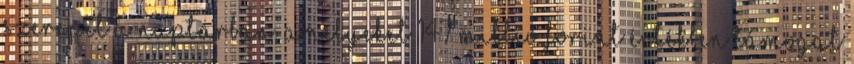
szerepel a naptárban, amelyeket 147 millió forint értékben támogat